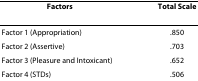
<table><thead><tr><td><b>Factors</b></td><td><b>Total Scale</b></td></tr></thead><tbody><tr><td>Factor 1 (Appropriation)</td><td>.850</td></tr><tr><td>Factor 2 (Assertive)</td><td>.703</td></tr><tr><td>Factor 3 (Pleasure and Intoxicant)</td><td>.652</td></tr><tr><td>Factor 4 (STDs)</td><td>.506</td></tr></tbody></table>